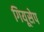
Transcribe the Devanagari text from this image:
गियूसेप